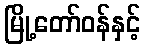
မြို့တော်ဝန်နှင့်